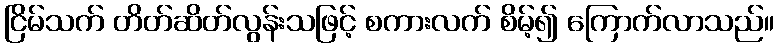
ငြိမ်သက် တိတ်ဆိတ်လွန်းသဖြင့် စကားလက် စိမ့်၍ ကြောက်လာသည်။